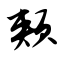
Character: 颊